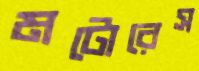
মটোরেস